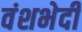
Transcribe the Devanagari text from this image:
वंशभेदी